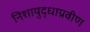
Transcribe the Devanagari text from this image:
निशायुद्धाप्रवीण